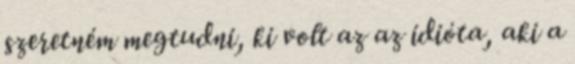
szeretném megtudni, ki volt az az idióta, aki a